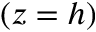
( z = h )